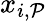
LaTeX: x_{i,\mathcal{P}}